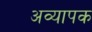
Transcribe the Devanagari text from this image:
अव्यापक